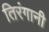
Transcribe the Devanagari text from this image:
तिरंगानी